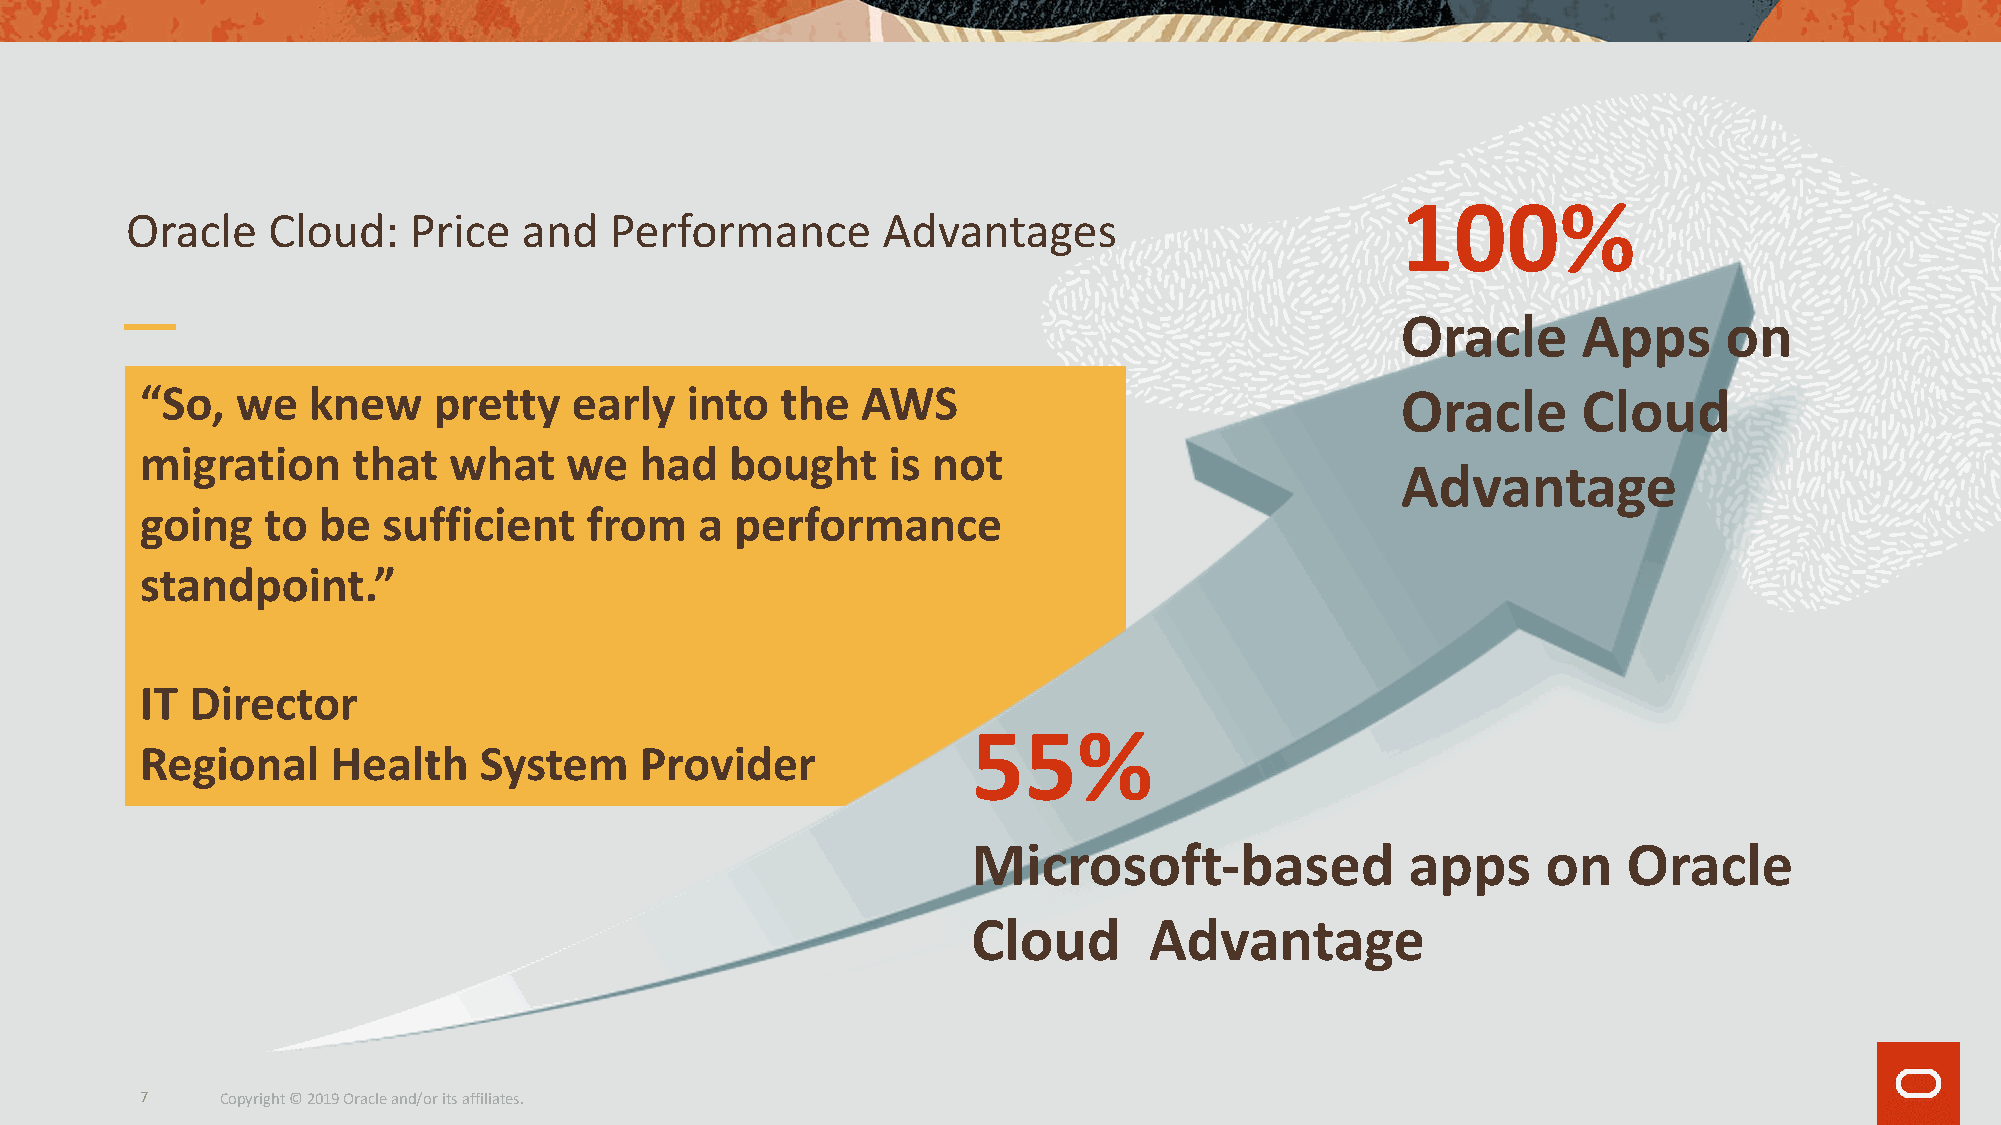
100%
 Oracle    Cloud:   Price   and  Performance       Advantages
 Oracle      Apps     on
 “So,   we  knew     pretty   early  into   the  AWS                                 Oracle      Cloud
 migration     that   what   we   had   bought     is not
 Advantage
 going   to  be  sufficient    from   a  performance
 standpoint.”
 IT  Director
 55%
 Regional     Health    System    Provider
 Microsoft-based              apps     on    Oracle
 Cloud       Advantage
 7     Copyright © 2019 Oracle and/or its affiliates.